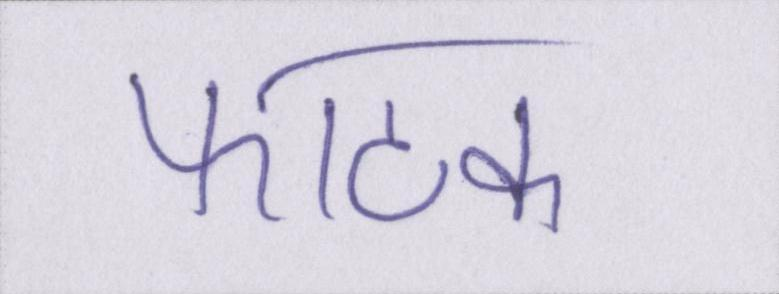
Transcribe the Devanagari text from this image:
फाटक